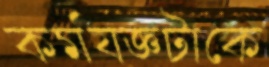
কর্মযজ্ঞটাকে